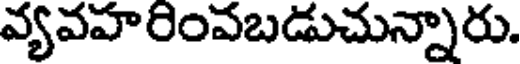
వ్యవహరింవబడుచున్నారు.